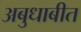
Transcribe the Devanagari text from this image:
अबुधाबीत